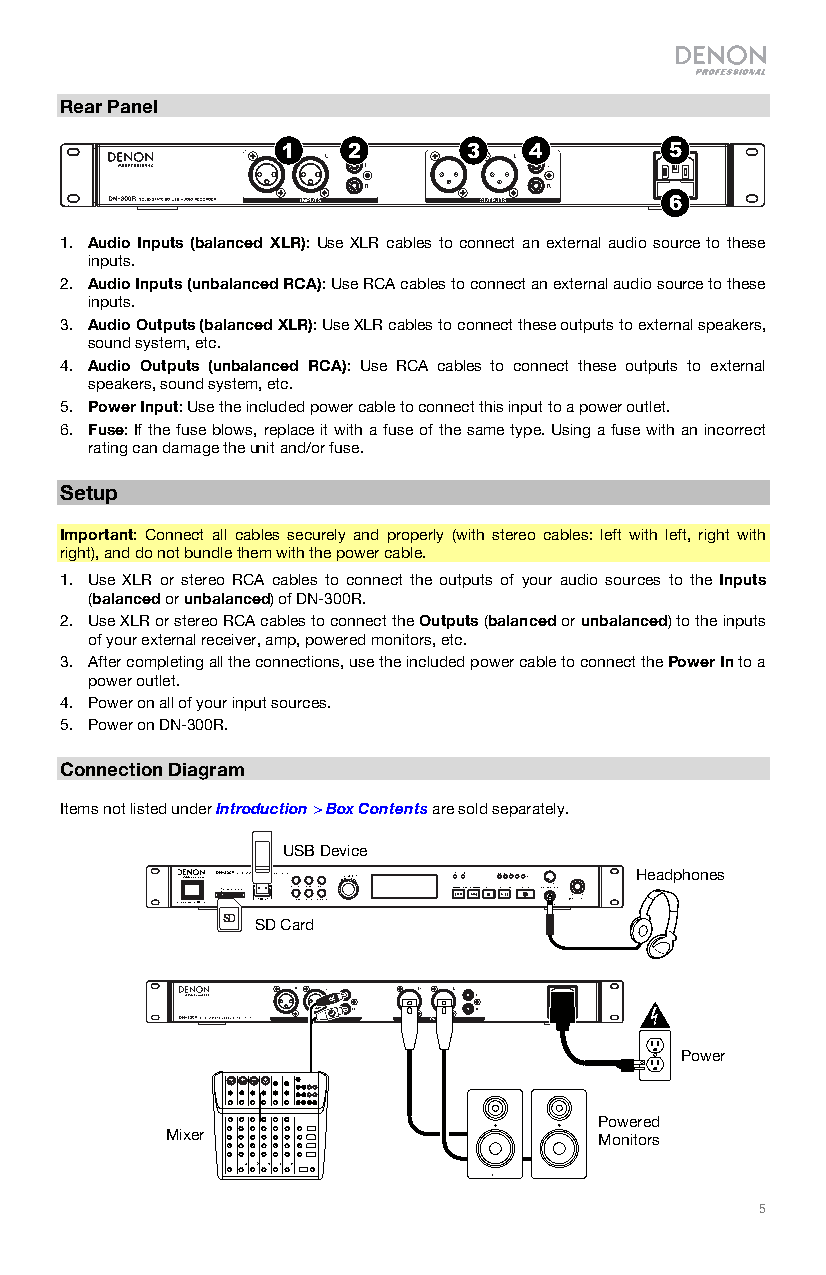
Rear Panel
 1   2       3   4        5
 6
 1. Audio Inputs (balanced XLR): Use XLR cables to connect an external audio source to these
 inputs.
 2. Audio Inputs (unbalanced RCA): Use RCA cables to connect an external audio source to these
 inputs.
 3. Audio Outputs (balanced XLR): Use XLR cables to connect these outputs to external speakers,
 sound system, etc.
 4. Audio Outputs (unbalanced RCA): Use RCA cables to connect these outputs to external
 speakers, sound system, etc.
 5. Power Input: Use the included power cable to connect this input to a power outlet.
 6. Fuse: If the fuse blows, replace it with a fuse of the same type. Using a fuse with an incorrect
 rating can damage the unit and/or fuse.
 Setup
 Important: Connect all cables securely and properly (with stereo cables: left with left, right with
 right), and do not bundle them with the power cable.
 1. Use XLR or stereo RCA cables to connect the outputs of your audio sources to the Inputs
 (balanced or unbalanced) of DN-300R.
 2. Use XLR or stereo RCA cables to connect the Outputs (balanced or unbalanced) to the inputs
 of your external receiver, amp, powered monitors, etc.
 3. After completing all the connections, use the included power cable to connect the Power In to a
 power outlet.
 4. Power on all of your input sources.
 5. Power on DN-300R.
 Connection Diagram
 Items not listed under Introduction > Box Contents are sold separately.
 USB Device
 Headphones
 SD
 SD Card
 Power
 Powered
 Mixer                       Monitors
 5